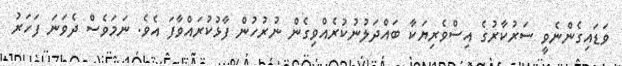
ވަޑައިގެންނެވީ ސަރުކާރުގެ އިސްވެރިޔަކާ ބައްދަލުނުކުރެއްވިގެން ނުރުހުން ފާޅުކުރައްވާފަ އެވެ. ނަމަވެސް ދެވަނަ ފަހަރު